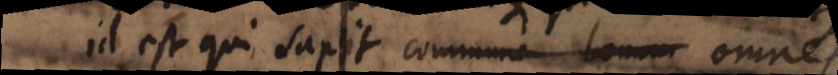
id est qui sapit commune bonum omnes